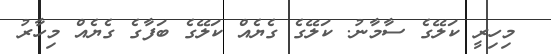
މިހިރީ ކަލޭގެ ސާމާނު. ކަލޭގެ ގެޔެއް ކަލޭގެ ބަފާގެ ގެެޔެއް މިހާރު